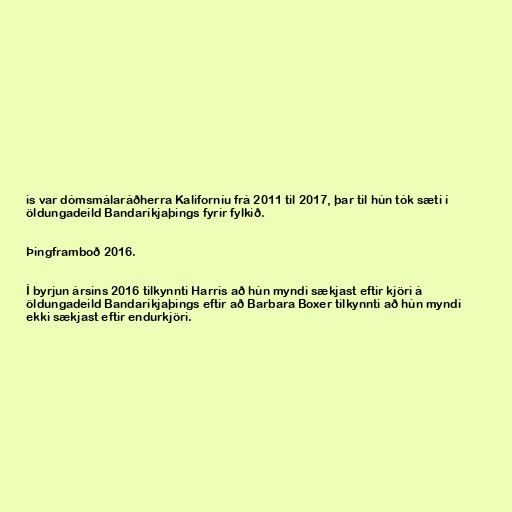
is var dómsmálaráðherra Kaliforníu frá 2011 til 2017, þar til hún tók sæti í
öldungadeild Bandaríkjaþings fyrir fylkið.

Þingframboð 2016.

Í byrjun ársins 2016 tilkynnti Harris að hún myndi sækjast eftir kjöri á
öldungadeild Bandaríkjaþings eftir að Barbara Boxer tilkynnti að hún myndi
ekki sækjast eftir endurkjöri.